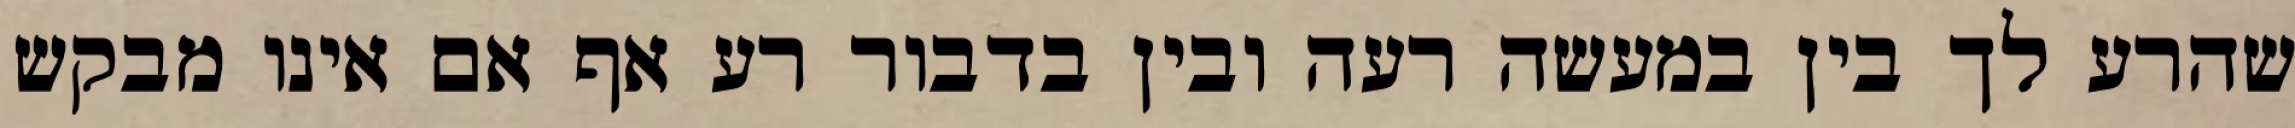
שהרע לך בין במעשה רעה ובין בדבור רע אף אם אינו מבקש